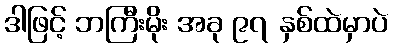
ဒါဖြင့် ဘကြီးမိုး အခု ၉၇ နှစ်ထဲမှာပဲ